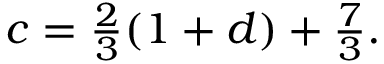
\begin{array} { r } { c = \frac { 2 } { 3 } ( 1 + d ) + \frac { 7 } { 3 } . } \end{array}